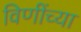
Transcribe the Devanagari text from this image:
विणींच्या